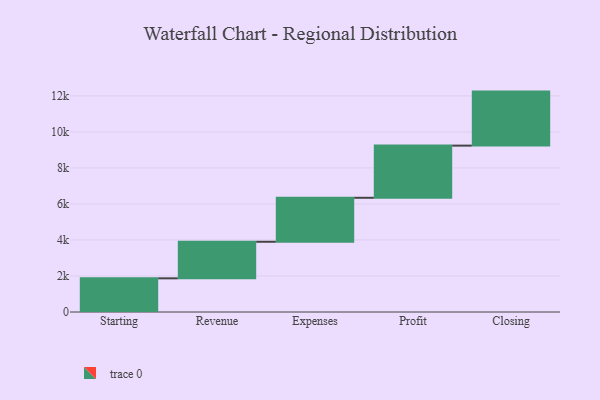
{"axis": {"x": "Step", "y": "Value"}, "legend": [""], "data": [{"x": "Starting", "y": 1870.0, "type": ""}, {"x": "Revenue", "y": 2030.0, "type": ""}, {"x": "Expenses", "y": 2443.0, "type": ""}, {"x": "Profit", "y": 2897.0, "type": ""}, {"x": "Closing", "y": 3000, "type": ""}]}